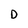
Character: D